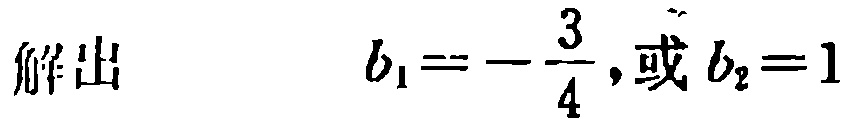
解出 \(\ b_{1}=-\frac{3}{4},\)或\(b_{2}=1\)